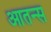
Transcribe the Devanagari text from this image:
आतन्स